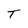
Character: T